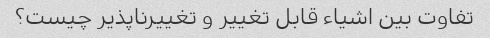
تفاوت بین اشیاء قابل تغییر و تغییرناپذیر چیست؟